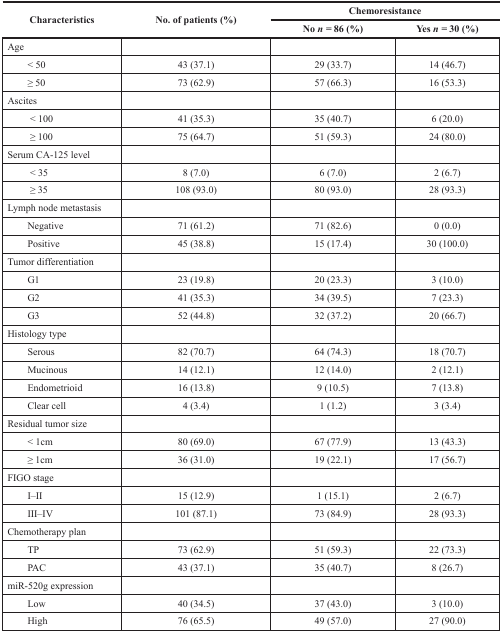
<table><thead><tr><td rowspan="2"><b>Characteristics</b></td><td rowspan="2"><b>No. of patients (%)</b></td><td colspan="2"><b>Chemoresistance</b></td></tr><tr><td><b>No <i>n</i> = 86 (%)</b></td><td><b>Yes <i>n</i> = 30 (%)</b></td></tr></thead><tbody><tr><td>Age</td><td></td><td></td><td></td></tr><tr><td> &lt; 50</td><td>43 (37.1)</td><td>29 (33.7)</td><td>14 (46.7)</td></tr><tr><td> ≥ 50</td><td>73 (62.9)</td><td>57 (66.3)</td><td>16 (53.3)</td></tr><tr><td>Ascites</td><td></td><td></td><td></td></tr><tr><td> &lt; 100</td><td>41 (35.3)</td><td>35 (40.7)</td><td>6 (20.0)</td></tr><tr><td> ≥ 100</td><td>75 (64.7)</td><td>51 (59.3)</td><td>24 (80.0)</td></tr><tr><td>Serum CA-125 level</td><td></td><td></td><td></td></tr><tr><td> &lt; 35</td><td>8 (7.0)</td><td>6 (7.0)</td><td>2 (6.7)</td></tr><tr><td> ≥ 35</td><td>108 (93.0)</td><td>80 (93.0)</td><td>28 (93.3)</td></tr><tr><td>Lymph node metastasis</td><td></td><td></td><td></td></tr><tr><td> Negative</td><td>71 (61.2)</td><td>71 (82.6)</td><td>0 (0.0)</td></tr><tr><td> Positive</td><td>45 (38.8)</td><td>15 (17.4)</td><td>30 (100.0)</td></tr><tr><td>Tumor differentiation</td><td></td><td></td><td></td></tr><tr><td> G1</td><td>23 (19.8)</td><td>20 (23.3)</td><td>3 (10.0)</td></tr><tr><td> G2</td><td>41 (35.3)</td><td>34 (39.5)</td><td>7 (23.3)</td></tr><tr><td> G3</td><td>52 (44.8)</td><td>32 (37.2)</td><td>20 (66.7)</td></tr><tr><td>Histology type</td><td></td><td></td><td></td></tr><tr><td> Serous</td><td>82 (70.7)</td><td>64 (74.3)</td><td>18 (70.7)</td></tr><tr><td> Mucinous</td><td>14 (12.1)</td><td>12 (14.0)</td><td>2 (12.1)</td></tr><tr><td> Endometrioid</td><td>16 (13.8)</td><td>9 (10.5)</td><td>7 (13.8)</td></tr><tr><td> Clear cell</td><td>4 (3.4)</td><td>1 (1.2)</td><td>3 (3.4)</td></tr><tr><td>Residual tumor size</td><td></td><td></td><td></td></tr><tr><td> &lt; 1 cm</td><td>80 (69.0)</td><td>67 (77.9)</td><td>13 (43.3)</td></tr><tr><td> ≥ 1 cm</td><td>36 (31.0)</td><td>19 (22.1)</td><td>17 (56.7)</td></tr><tr><td>FIGO stage</td><td></td><td></td><td></td></tr><tr><td> I–II</td><td>15 (12.9)</td><td>1 (15.1)</td><td>2 (6.7)</td></tr><tr><td> III–IV</td><td>101 (87.1)</td><td>73 (84.9)</td><td>28 (93.3)</td></tr><tr><td>Chemotherapy plan</td><td></td><td></td><td></td></tr><tr><td> TP</td><td>73 (62.9)</td><td>51 (59.3)</td><td>22 (73.3)</td></tr><tr><td> PAC</td><td>43 (37.1)</td><td>35 (40.7)</td><td>8 (26.7)</td></tr><tr><td>miR-520g expression</td><td></td><td></td><td></td></tr><tr><td> Low</td><td>40 (34.5)</td><td>37 (43.0)</td><td>3 (10.0)</td></tr><tr><td> High</td><td>76 (65.5)</td><td>49 (57.0)</td><td>27 (90.0)</td></tr></tbody></table>